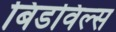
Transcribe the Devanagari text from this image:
बिडविल्स